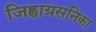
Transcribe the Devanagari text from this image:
जिह्वाग्रसनिका